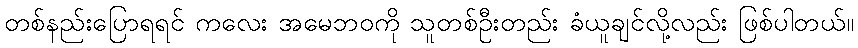
တစ်နည်းပြောရရင် ကလေး အမေဘဝကို သူတစ်ဦးတည်း ခံယူချင်လို့လည်း ဖြစ်ပါတယ်။